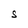
Character: S